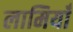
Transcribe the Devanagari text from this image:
लामियाँ